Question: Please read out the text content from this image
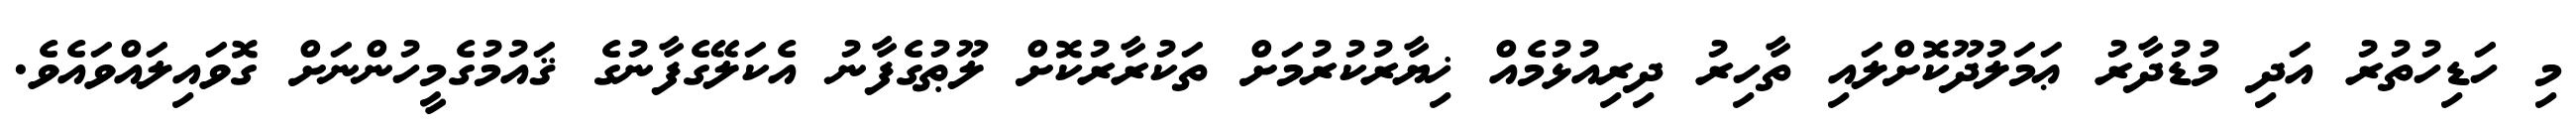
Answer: މި ހަޑިހުތުރު އަދި މުޑުދާރު ޢަމަލުދޫކޮށްލައި ތާހިރު ދިރިއުޅުމެއް ޚިޔާރުކުރުމަށް ތަކުރާރުކޮށް ލޫޠުގެފާނު އެކަލޭގެފާނުގެ ޤައުމުގެމީހުންނަށް ގޮވައިލައްވައެވެ.